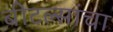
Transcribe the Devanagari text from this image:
बीटल्सांचा